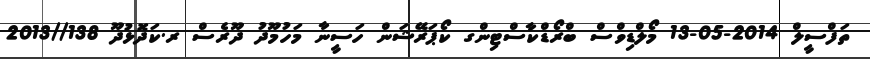
ތަފްސީލް 2014-05-13 މޯލްޑިވްސް ބްރޯޑްކާސްޓިންގ ކޯޕަރޭޝަން ހަސީނާ މަހުމޫދު ދޫރެސް ރ.ކަދޮޅުދޫ 138//2013